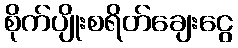
စိုက်ပျိုးစရိတ်ချေးငွေ